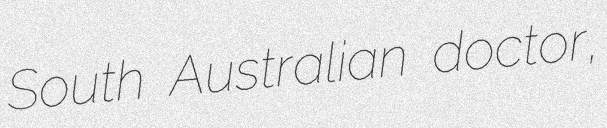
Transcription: South Australian doctor,